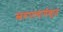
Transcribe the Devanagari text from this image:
स्वरूपाचार्यकृत